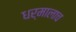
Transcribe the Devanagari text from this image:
धर्मालाच